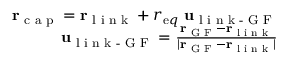
\begin{array} { r } { { \bf r } _ { \textrm { c a p } } = { \bf r } _ { \textrm { l i n k } } + r _ { { \textrm e q } } \ { \bf u } _ { \textrm { l i n k - G F } } } \\ { { \bf u } _ { \textrm { l i n k - G F } } = \frac { { \bf r } _ { \textrm { G F } } - { \bf r } _ { \textrm { l i n k } } } { | { \bf r } _ { \textrm { G F } } - { \bf r } _ { \textrm { l i n k } } | } } \end{array}